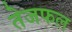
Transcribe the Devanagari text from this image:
तेजफल